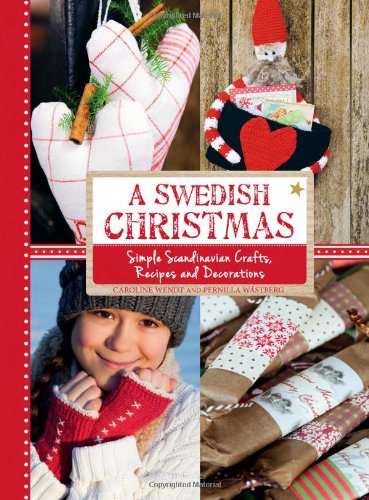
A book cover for A Swedish Christmas: Simple Scandinavian Crafts, Recipes and Decorations; Caroline Wendt; Cookbooks, Food & Wine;